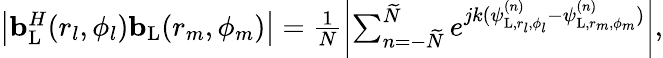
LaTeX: \begin{array}{r}{\left|{\mathbf{b}}_{\mathrm{{L}}}^{H}(r_{l},\phi_{l}){\mathbf{b}}_{\mathrm{L}}(r_{m},\phi_{m})\right|=\frac{1}{N}\left|\sum_{n=-\widetilde{N}}^{\widetilde{N}}e^{jk(\psi_{\mathrm{{L}},r_{l},\phi_{l}}^{(n)}-\psi_{{\mathrm{L}},r_{m},\phi_{m}}^{(n)})}\right|,}\end{array}